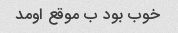
خوب بود ب موقع اومد